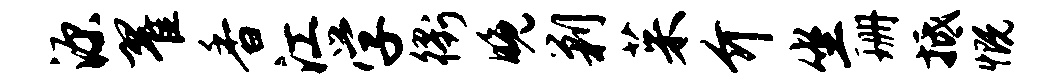
源翟香江学衢晚剿茱介坐珊抵慨